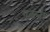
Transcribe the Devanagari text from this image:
गठना